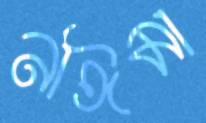
নাঈমা